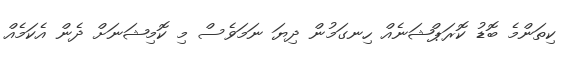
ކިތަންމެ ބޮޑު ކޮރަޕްޝަނެއް ހިނގަމުން ދިޔަ ނަމަވެސް މި ކޮމިޝަނަށް ދެން އެކަމެއް